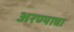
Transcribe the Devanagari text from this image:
अरण्याचा